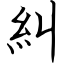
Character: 糾